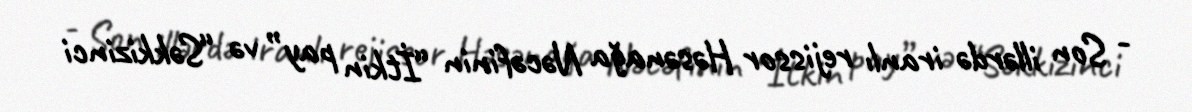
- Son illərdə iranlı rejissor Həsənağa Nəcəfinin “İtkin pay” və “Səkkizinci